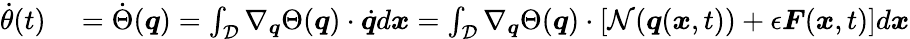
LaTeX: \begin{array}{rl}{\dot{\theta}(t)}&{{}=\dot{\Theta}(\boldsymbol{q})=\int_{\mathcal{D}}\nabla_{\boldsymbol{q}}\Theta(\boldsymbol{q})\cdot\dot{\boldsymbol{q}}d\boldsymbol{x}=\int_{\mathcal{D}}\nabla_{\boldsymbol{q}}\Theta(\boldsymbol{q})\cdot\left[\mathcal{N}(\boldsymbol{q}(\boldsymbol{x},t))+\epsilon\boldsymbol{F}(\boldsymbol{x},t)\right]d\boldsymbol{x}}\end{array}